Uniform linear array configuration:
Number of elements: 64
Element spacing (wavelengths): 0.25
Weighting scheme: exponential
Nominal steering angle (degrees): -15
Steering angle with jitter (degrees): -16.76
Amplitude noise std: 0.05
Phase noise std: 0.05

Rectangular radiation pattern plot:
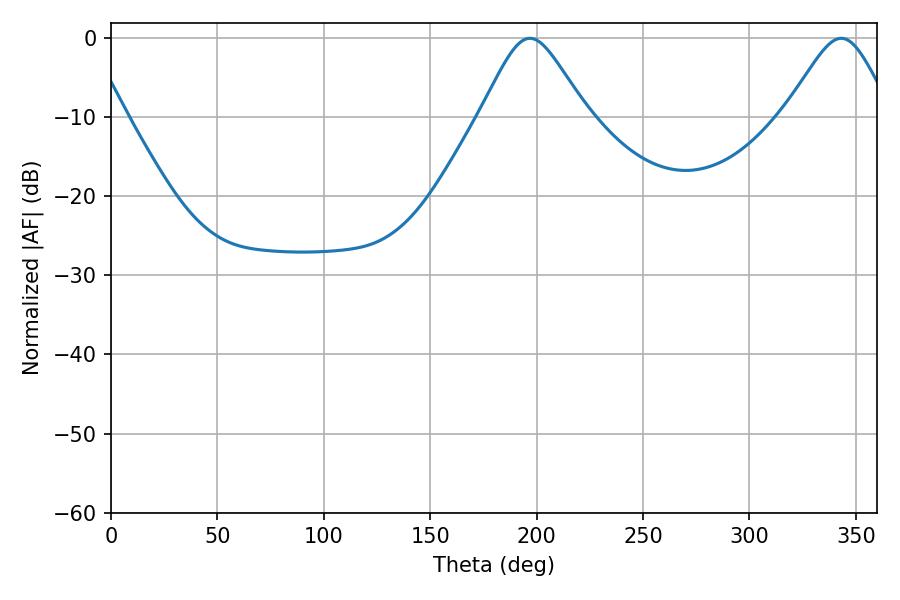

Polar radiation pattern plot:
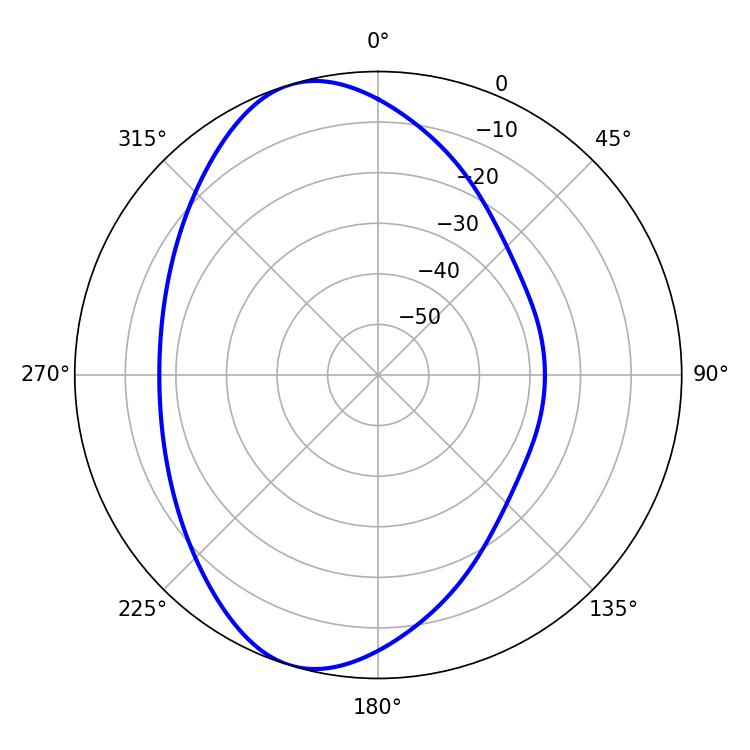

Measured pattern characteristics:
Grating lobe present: FALSE
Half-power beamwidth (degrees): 24.3
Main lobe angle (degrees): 196.92